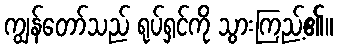
ကျွန်တော်သည် ရုပ်ရှင်ကို သွားကြည့်၏။